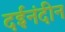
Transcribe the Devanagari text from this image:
दईनंदीन